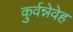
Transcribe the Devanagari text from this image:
कुर्वन्नेवेह